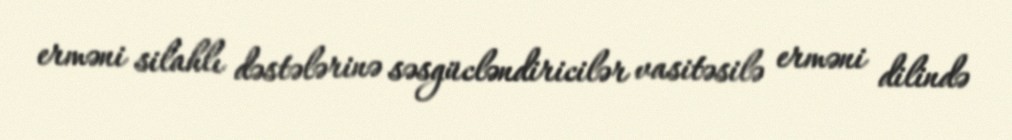
erməni silahlı dəstələrinə səsgücləndiricilər vasitəsilə erməni dilində